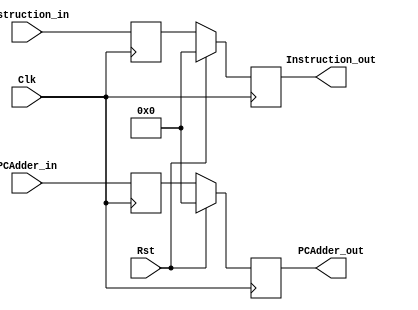
`timescale 1ns / 1ps

module IF_ID_Reg( Clk, Rst, PCAdder_in, Instruction_in, PCAdder_out, Instruction_out);

	input Clk, Rst;
	input [31:0] PCAdder_in, Instruction_in;
	reg [31:0] readPCAdder, readInstruction;
	output reg [31:0]  PCAdder_out, Instruction_out;
	
//	always@(Rst)begin
//	   if(Rst == 1)begin
//	       readPCAdder <= 0;
//	       readInstruction <= 0;
//	   end
//	end
	
	 //get inputs at negative edge Clk
   always@(negedge Clk) begin 
      readPCAdder <= PCAdder_in;
      readInstruction <= Instruction_in;
   end
    
    // set outputs at positive edge Clk
	always@(posedge Clk) begin
	   if(Rst == 1)begin
	   PCAdder_out <= 0;
	   Instruction_out <= 0;
	   end
	   
	   else begin
	    PCAdder_out <= readPCAdder;
	    Instruction_out <= readInstruction;
	   end
	end

endmodule